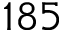
1 8 5